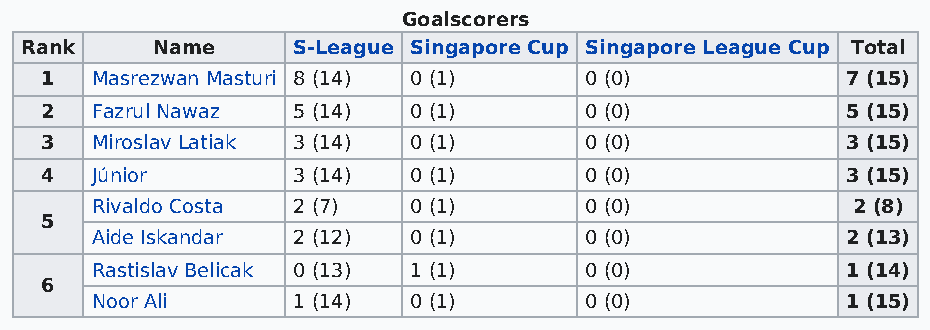
Goalscorers
 Rank     Name     S-League Singapore Cup Singapore League Cup Total
 1  Masrezwan Masturi 8 (14) 0 (1)   0 (0)            7 (15)
 2  Fazrul Nawaz 5 (14)  0 (1)       0 (0)            5 (15)
 3  Miroslav Latiak 3 (14) 0 (1)     0 (0)            3 (15)
 4  Júnior       3 (14)  0 (1)       0 (0)            3 (15)
 Rivaldo Costa 2 (7)  0 (1)       0 (0)            2 (8)
 5
 Aide Iskandar 2 (12) 0 (1)       0 (0)            2 (13)
 Rastislav Belicak 0 (13) 1 (1)   0 (0)            1 (14)
 6
 Noor Ali     1 (14)  0 (1)       0 (0)            1 (15)